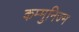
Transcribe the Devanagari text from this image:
कम्मुनिज्म